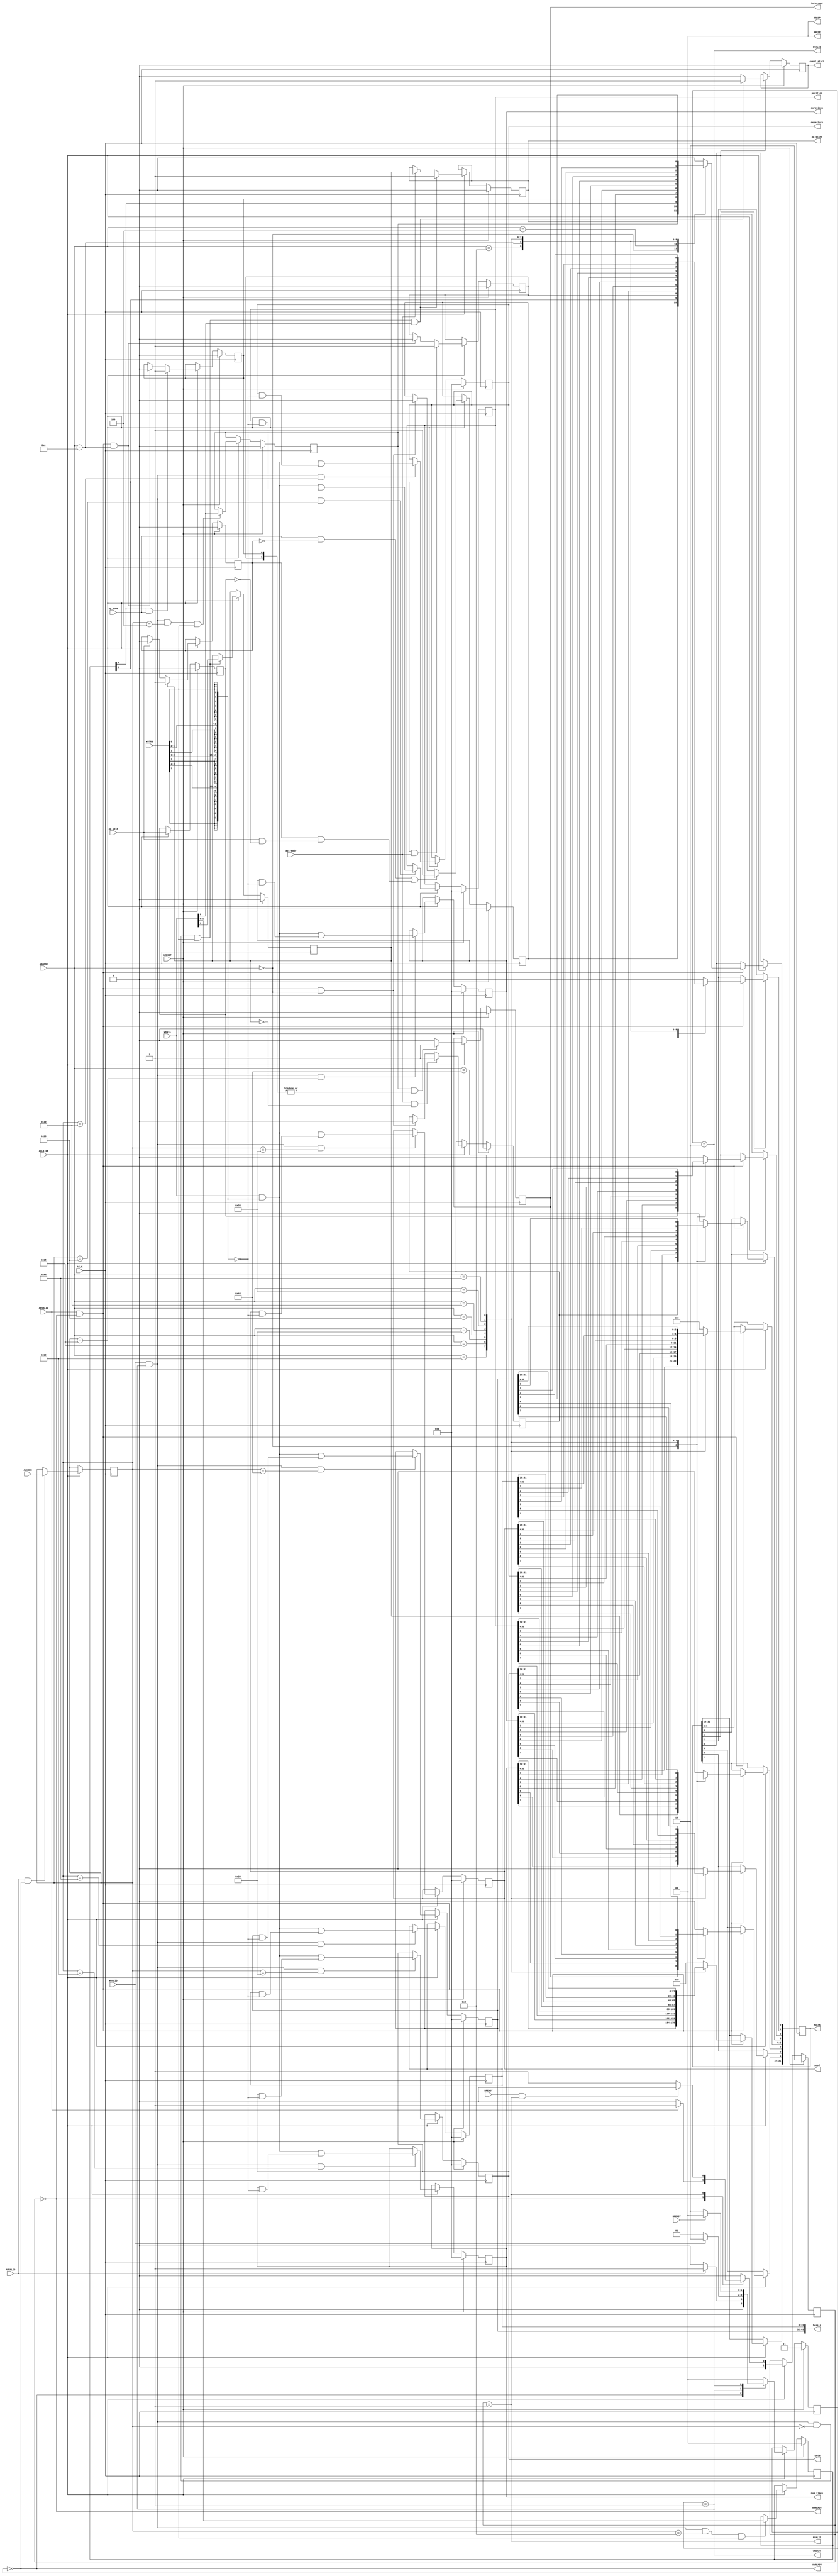
// ==============================================================
// Vitis HLS - High-Level Synthesis from C, C++ and OpenCL v2022.1 (64-bit)
// Tool Version Limit: 2022.04
// Copyright 1986-2022 Xilinx, Inc. All Rights Reserved.
// ==============================================================
`timescale 1ns/1ps
module krnl_helm_control_s_axi
#(parameter
    C_S_AXI_ADDR_WIDTH = 7,
    C_S_AXI_DATA_WIDTH = 32
)(
    input  wire                          ACLK,
    input  wire                          ARESET,
    input  wire                          ACLK_EN,
    input  wire [C_S_AXI_ADDR_WIDTH-1:0] AWADDR,
    input  wire                          AWVALID,
    output wire                          AWREADY,
    input  wire [C_S_AXI_DATA_WIDTH-1:0] WDATA,
    input  wire [C_S_AXI_DATA_WIDTH/8-1:0] WSTRB,
    input  wire                          WVALID,
    output wire                          WREADY,
    output wire [1:0]                    BRESP,
    output wire                          BVALID,
    input  wire                          BREADY,
    input  wire [C_S_AXI_ADDR_WIDTH-1:0] ARADDR,
    input  wire                          ARVALID,
    output wire                          ARREADY,
    output wire [C_S_AXI_DATA_WIDTH-1:0] RDATA,
    output wire [1:0]                    RRESP,
    output wire                          RVALID,
    input  wire                          RREADY,
    output wire                          interrupt,
    output wire [31:0]                   num_times,
    output wire [31:0]                   durations,
    output wire [31:0]                   route,
    output wire [31:0]                   position,
    output wire [31:0]                   departure,
    output wire [31:0]                   seed,
    output wire [63:0]                   base_r,
    output wire                          ap_start,
    input  wire                          ap_done,
    input  wire                          ap_ready,
    input  wire                          ap_idle,
    output wire                          event_start
);
//------------------------Address Info-------------------
// 0x00 : Control signals
//        bit 0  - ap_start (Read/Write/COH)
//        bit 1  - ap_done (Read/COR)
//        bit 2  - ap_idle (Read)
//        bit 3  - ap_ready (Read/COR)
//        bit 7  - auto_restart (Read/Write)
//        bit 9  - interrupt (Read)
//        others - reserved
// 0x04 : Global Interrupt Enable Register
//        bit 0  - Global Interrupt Enable (Read/Write)
//        others - reserved
// 0x08 : IP Interrupt Enable Register (Read/Write)
//        bit 0 - enable ap_done interrupt (Read/Write)
//        bit 1 - enable ap_ready interrupt (Read/Write)
//        others - reserved
// 0x0c : IP Interrupt Status Register (Read/COR)
//        bit 0 - ap_done (Read/COR)
//        bit 1 - ap_ready (Read/COR)
//        others - reserved
// 0x10 : Data signal of num_times
//        bit 31~0 - num_times[31:0] (Read/Write)
// 0x14 : reserved
// 0x18 : Data signal of durations
//        bit 31~0 - durations[31:0] (Read/Write)
// 0x1c : reserved
// 0x20 : Data signal of route
//        bit 31~0 - route[31:0] (Read/Write)
// 0x24 : reserved
// 0x28 : Data signal of position
//        bit 31~0 - position[31:0] (Read/Write)
// 0x2c : reserved
// 0x30 : Data signal of departure
//        bit 31~0 - departure[31:0] (Read/Write)
// 0x34 : reserved
// 0x38 : Data signal of seed
//        bit 31~0 - seed[31:0] (Read/Write)
// 0x3c : reserved
// 0x40 : Data signal of base_r
//        bit 31~0 - base_r[31:0] (Read/Write)
// 0x44 : Data signal of base_r
//        bit 31~0 - base_r[63:32] (Read/Write)
// 0x48 : reserved
// (SC = Self Clear, COR = Clear on Read, TOW = Toggle on Write, COH = Clear on Handshake)

//------------------------Parameter----------------------
localparam
    ADDR_AP_CTRL          = 7'h00,
    ADDR_GIE              = 7'h04,
    ADDR_IER              = 7'h08,
    ADDR_ISR              = 7'h0c,
    ADDR_NUM_TIMES_DATA_0 = 7'h10,
    ADDR_NUM_TIMES_CTRL   = 7'h14,
    ADDR_DURATIONS_DATA_0 = 7'h18,
    ADDR_DURATIONS_CTRL   = 7'h1c,
    ADDR_ROUTE_DATA_0     = 7'h20,
    ADDR_ROUTE_CTRL       = 7'h24,
    ADDR_POSITION_DATA_0  = 7'h28,
    ADDR_POSITION_CTRL    = 7'h2c,
    ADDR_DEPARTURE_DATA_0 = 7'h30,
    ADDR_DEPARTURE_CTRL   = 7'h34,
    ADDR_SEED_DATA_0      = 7'h38,
    ADDR_SEED_CTRL        = 7'h3c,
    ADDR_BASE_R_DATA_0    = 7'h40,
    ADDR_BASE_R_DATA_1    = 7'h44,
    ADDR_BASE_R_CTRL      = 7'h48,
    WRIDLE                = 2'd0,
    WRDATA                = 2'd1,
    WRRESP                = 2'd2,
    WRRESET               = 2'd3,
    RDIDLE                = 2'd0,
    RDDATA                = 2'd1,
    RDRESET               = 2'd2,
    ADDR_BITS                = 7;

//------------------------Local signal-------------------
    reg  [1:0]                    wstate = WRRESET;
    reg  [1:0]                    wnext;
    reg  [ADDR_BITS-1:0]          waddr;
    wire [C_S_AXI_DATA_WIDTH-1:0] wmask;
    wire                          aw_hs;
    wire                          w_hs;
    reg  [1:0]                    rstate = RDRESET;
    reg  [1:0]                    rnext;
    reg  [C_S_AXI_DATA_WIDTH-1:0] rdata;
    wire                          ar_hs;
    wire [ADDR_BITS-1:0]          raddr;
    // internal registers
    reg                           int_event_start = 1'b0;
    reg                           int_ap_idle;
    reg                           int_ap_ready = 1'b0;
    wire                          task_ap_ready;
    reg                           int_ap_done = 1'b0;
    wire                          task_ap_done;
    reg                           int_task_ap_done = 1'b0;
    reg                           int_ap_start = 1'b0;
    reg                           int_interrupt = 1'b0;
    reg                           int_auto_restart = 1'b0;
    reg                           auto_restart_status = 1'b0;
    wire                          auto_restart_done;
    reg                           int_gie = 1'b0;
    reg  [1:0]                    int_ier = 2'b0;
    reg  [1:0]                    int_isr = 2'b0;
    reg  [31:0]                   int_num_times = 'b0;
    reg  [31:0]                   int_durations = 'b0;
    reg  [31:0]                   int_route = 'b0;
    reg  [31:0]                   int_position = 'b0;
    reg  [31:0]                   int_departure = 'b0;
    reg  [31:0]                   int_seed = 'b0;
    reg  [63:0]                   int_base_r = 'b0;

//------------------------Instantiation------------------


//------------------------AXI write fsm------------------
assign AWREADY = (wstate == WRIDLE);
assign WREADY  = (wstate == WRDATA);
assign BRESP   = 2'b00;  // OKAY
assign BVALID  = (wstate == WRRESP);
assign wmask   = { {8{WSTRB[3]}}, {8{WSTRB[2]}}, {8{WSTRB[1]}}, {8{WSTRB[0]}} };
assign aw_hs   = AWVALID & AWREADY;
assign w_hs    = WVALID & WREADY;

// wstate
always @(posedge ACLK) begin
    if (ARESET)
        wstate <= WRRESET;
    else if (ACLK_EN)
        wstate <= wnext;
end

// wnext
always @(*) begin
    case (wstate)
        WRIDLE:
            if (AWVALID)
                wnext = WRDATA;
            else
                wnext = WRIDLE;
        WRDATA:
            if (WVALID)
                wnext = WRRESP;
            else
                wnext = WRDATA;
        WRRESP:
            if (BREADY)
                wnext = WRIDLE;
            else
                wnext = WRRESP;
        default:
            wnext = WRIDLE;
    endcase
end

// waddr
always @(posedge ACLK) begin
    if (ACLK_EN) begin
        if (aw_hs)
            waddr <= AWADDR[ADDR_BITS-1:0];
    end
end

//------------------------AXI read fsm-------------------
assign ARREADY = (rstate == RDIDLE);
assign RDATA   = rdata;
assign RRESP   = 2'b00;  // OKAY
assign RVALID  = (rstate == RDDATA);
assign ar_hs   = ARVALID & ARREADY;
assign raddr   = ARADDR[ADDR_BITS-1:0];

// rstate
always @(posedge ACLK) begin
    if (ARESET)
        rstate <= RDRESET;
    else if (ACLK_EN)
        rstate <= rnext;
end

// rnext
always @(*) begin
    case (rstate)
        RDIDLE:
            if (ARVALID)
                rnext = RDDATA;
            else
                rnext = RDIDLE;
        RDDATA:
            if (RREADY & RVALID)
                rnext = RDIDLE;
            else
                rnext = RDDATA;
        default:
            rnext = RDIDLE;
    endcase
end

// rdata
always @(posedge ACLK) begin
    if (ACLK_EN) begin
        if (ar_hs) begin
            rdata <= 'b0;
            case (raddr)
                ADDR_AP_CTRL: begin
                    rdata[0] <= int_ap_start;
                    rdata[1] <= int_task_ap_done;
                    rdata[2] <= int_ap_idle;
                    rdata[3] <= int_ap_ready;
                    rdata[7] <= int_auto_restart;
                    rdata[9] <= int_interrupt;
                end
                ADDR_GIE: begin
                    rdata <= int_gie;
                end
                ADDR_IER: begin
                    rdata <= int_ier;
                end
                ADDR_ISR: begin
                    rdata <= int_isr;
                end
                ADDR_NUM_TIMES_DATA_0: begin
                    rdata <= int_num_times[31:0];
                end
                ADDR_DURATIONS_DATA_0: begin
                    rdata <= int_durations[31:0];
                end
                ADDR_ROUTE_DATA_0: begin
                    rdata <= int_route[31:0];
                end
                ADDR_POSITION_DATA_0: begin
                    rdata <= int_position[31:0];
                end
                ADDR_DEPARTURE_DATA_0: begin
                    rdata <= int_departure[31:0];
                end
                ADDR_SEED_DATA_0: begin
                    rdata <= int_seed[31:0];
                end
                ADDR_BASE_R_DATA_0: begin
                    rdata <= int_base_r[31:0];
                end
                ADDR_BASE_R_DATA_1: begin
                    rdata <= int_base_r[63:32];
                end
            endcase
        end
    end
end


//------------------------Register logic-----------------
assign interrupt         = int_interrupt;
assign event_start       = int_event_start;
assign ap_start          = int_ap_start;
assign task_ap_done      = (ap_done && !auto_restart_status) || auto_restart_done;
assign task_ap_ready     = ap_ready && !int_auto_restart;
assign auto_restart_done = auto_restart_status && (ap_idle && !int_ap_idle);
assign num_times         = int_num_times;
assign durations         = int_durations;
assign route             = int_route;
assign position          = int_position;
assign departure         = int_departure;
assign seed              = int_seed;
assign base_r            = int_base_r;
// int_interrupt
always @(posedge ACLK) begin
    if (ARESET)
        int_interrupt <= 1'b0;
    else if (ACLK_EN) begin
        if (int_gie && (|int_isr))
            int_interrupt <= 1'b1;
        else
            int_interrupt <= 1'b0;
    end
end

// int_event_start
always @(posedge ACLK) begin
    if (ARESET)
        int_event_start <= 1'b0;
    else if (ACLK_EN) begin
        if (w_hs && waddr == ADDR_AP_CTRL && WSTRB[0] && WDATA[0])
            int_event_start <= 1'b1;
        else
            int_event_start <= 1'b0; // self clear
    end
end

// int_ap_start
always @(posedge ACLK) begin
    if (ARESET)
        int_ap_start <= 1'b0;
    else if (ACLK_EN) begin
        if (w_hs && waddr == ADDR_AP_CTRL && WSTRB[0] && WDATA[0])
            int_ap_start <= 1'b1;
        else if (ap_ready)
            int_ap_start <= int_auto_restart; // clear on handshake/auto restart
    end
end

// int_ap_done
always @(posedge ACLK) begin
    if (ARESET)
        int_ap_done <= 1'b0;
    else if (ACLK_EN) begin
            int_ap_done <= ap_done;
    end
end

// int_task_ap_done
always @(posedge ACLK) begin
    if (ARESET)
        int_task_ap_done <= 1'b0;
    else if (ACLK_EN) begin
        if (task_ap_done)
            int_task_ap_done <= 1'b1;
        else if (ar_hs && raddr == ADDR_AP_CTRL)
            int_task_ap_done <= 1'b0; // clear on read
    end
end

// int_ap_idle
always @(posedge ACLK) begin
    if (ARESET)
        int_ap_idle <= 1'b0;
    else if (ACLK_EN) begin
            int_ap_idle <= ap_idle;
    end
end

// int_ap_ready
always @(posedge ACLK) begin
    if (ARESET)
        int_ap_ready <= 1'b0;
    else if (ACLK_EN) begin
        if (task_ap_ready)
            int_ap_ready <= 1'b1;
        else if (ar_hs && raddr == ADDR_AP_CTRL)
            int_ap_ready <= 1'b0;
    end
end

// int_auto_restart
always @(posedge ACLK) begin
    if (ARESET)
        int_auto_restart <= 1'b0;
    else if (ACLK_EN) begin
        if (w_hs && waddr == ADDR_AP_CTRL && WSTRB[0])
            int_auto_restart <=  WDATA[7];
    end
end

// auto_restart_status
always @(posedge ACLK) begin
    if (ARESET)
        auto_restart_status <= 1'b0;
    else if (ACLK_EN) begin
        if (int_auto_restart)
            auto_restart_status <= 1'b1;
        else if (ap_idle)
            auto_restart_status <= 1'b0;
    end
end

// int_gie
always @(posedge ACLK) begin
    if (ARESET)
        int_gie <= 1'b0;
    else if (ACLK_EN) begin
        if (w_hs && waddr == ADDR_GIE && WSTRB[0])
            int_gie <= WDATA[0];
    end
end

// int_ier
always @(posedge ACLK) begin
    if (ARESET)
        int_ier <= 1'b0;
    else if (ACLK_EN) begin
        if (w_hs && waddr == ADDR_IER && WSTRB[0])
            int_ier <= WDATA[1:0];
    end
end

// int_isr[0]
always @(posedge ACLK) begin
    if (ARESET)
        int_isr[0] <= 1'b0;
    else if (ACLK_EN) begin
        if (int_ier[0] & ap_done)
            int_isr[0] <= 1'b1;
        else if (ar_hs && raddr == ADDR_ISR)
            int_isr[0] <= 1'b0; // clear on read
    end
end

// int_isr[1]
always @(posedge ACLK) begin
    if (ARESET)
        int_isr[1] <= 1'b0;
    else if (ACLK_EN) begin
        if (int_ier[1] & ap_ready)
            int_isr[1] <= 1'b1;
        else if (ar_hs && raddr == ADDR_ISR)
            int_isr[1] <= 1'b0; // clear on read
    end
end

// int_num_times[31:0]
always @(posedge ACLK) begin
    if (ARESET)
        int_num_times[31:0] <= 0;
    else if (ACLK_EN) begin
        if (w_hs && waddr == ADDR_NUM_TIMES_DATA_0)
            int_num_times[31:0] <= (WDATA[31:0] & wmask) | (int_num_times[31:0] & ~wmask);
    end
end

// int_durations[31:0]
always @(posedge ACLK) begin
    if (ARESET)
        int_durations[31:0] <= 0;
    else if (ACLK_EN) begin
        if (w_hs && waddr == ADDR_DURATIONS_DATA_0)
            int_durations[31:0] <= (WDATA[31:0] & wmask) | (int_durations[31:0] & ~wmask);
    end
end

// int_route[31:0]
always @(posedge ACLK) begin
    if (ARESET)
        int_route[31:0] <= 0;
    else if (ACLK_EN) begin
        if (w_hs && waddr == ADDR_ROUTE_DATA_0)
            int_route[31:0] <= (WDATA[31:0] & wmask) | (int_route[31:0] & ~wmask);
    end
end

// int_position[31:0]
always @(posedge ACLK) begin
    if (ARESET)
        int_position[31:0] <= 0;
    else if (ACLK_EN) begin
        if (w_hs && waddr == ADDR_POSITION_DATA_0)
            int_position[31:0] <= (WDATA[31:0] & wmask) | (int_position[31:0] & ~wmask);
    end
end

// int_departure[31:0]
always @(posedge ACLK) begin
    if (ARESET)
        int_departure[31:0] <= 0;
    else if (ACLK_EN) begin
        if (w_hs && waddr == ADDR_DEPARTURE_DATA_0)
            int_departure[31:0] <= (WDATA[31:0] & wmask) | (int_departure[31:0] & ~wmask);
    end
end

// int_seed[31:0]
always @(posedge ACLK) begin
    if (ARESET)
        int_seed[31:0] <= 0;
    else if (ACLK_EN) begin
        if (w_hs && waddr == ADDR_SEED_DATA_0)
            int_seed[31:0] <= (WDATA[31:0] & wmask) | (int_seed[31:0] & ~wmask);
    end
end

// int_base_r[31:0]
always @(posedge ACLK) begin
    if (ARESET)
        int_base_r[31:0] <= 0;
    else if (ACLK_EN) begin
        if (w_hs && waddr == ADDR_BASE_R_DATA_0)
            int_base_r[31:0] <= (WDATA[31:0] & wmask) | (int_base_r[31:0] & ~wmask);
    end
end

// int_base_r[63:32]
always @(posedge ACLK) begin
    if (ARESET)
        int_base_r[63:32] <= 0;
    else if (ACLK_EN) begin
        if (w_hs && waddr == ADDR_BASE_R_DATA_1)
            int_base_r[63:32] <= (WDATA[31:0] & wmask) | (int_base_r[63:32] & ~wmask);
    end
end

//synthesis translate_off
always @(posedge ACLK) begin
    if (ACLK_EN) begin
        if (int_gie & ~int_isr[0] & int_ier[0] & ap_done)
            $display ("// Interrupt Monitor : interrupt for ap_done detected @ \"%0t\"", $time);
        if (int_gie & ~int_isr[1] & int_ier[1] & ap_ready)
            $display ("// Interrupt Monitor : interrupt for ap_ready detected @ \"%0t\"", $time);
    end
end
//synthesis translate_on

//------------------------Memory logic-------------------

endmodule